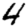
Digit: 4